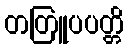
တတြူပပတ္တိ